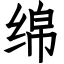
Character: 绵